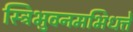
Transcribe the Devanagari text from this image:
स्त्रिभुवनमभिधत्ते